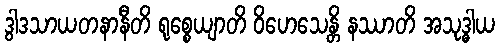
ဒွါဒသာယတနာနီတိ ရုစ္စေယျာတိ ဝိဟေသေန္တိ နဿာတိ အသုဒ္ဓါယ